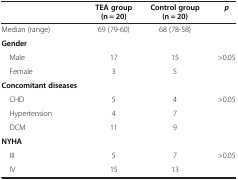
<table><thead><tr><td><b> </b></td><td><b>TEA group (n = 20)</b></td><td><b>Control group (n = 20)</b></td><td><b><i>p</i></b></td></tr></thead><tbody><tr><td>Median (range)</td><td>69 (79-60)</td><td>68 (78-58)</td><td> </td></tr><tr><td><b>Gender</b></td><td> </td><td> </td><td> </td></tr><tr><td>Male</td><td>17</td><td>15</td><td rowspan="2">&gt;0.05</td></tr><tr><td>Female</td><td>3</td><td>5</td></tr><tr><td><b>Concomitant diseases</b></td><td> </td><td> </td><td> </td></tr><tr><td>CHD</td><td>5</td><td>4</td><td rowspan="3">&gt;0.05</td></tr><tr><td>Hypertension</td><td>4</td><td>7</td></tr><tr><td>DCM</td><td>11</td><td>9</td></tr><tr><td><b>NYHA</b></td><td> </td><td> </td><td> </td></tr><tr><td>III</td><td>5</td><td>7</td><td rowspan="2">&gt;0.05</td></tr><tr><td>IV</td><td>15</td><td>13</td></tr></tbody></table>